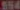
554